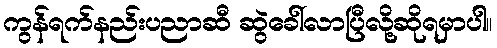
ကွန်ရက်နည်းပညာဆီ ဆွဲခေါ်လာပြီလို့ဆိုရမှာပါ။